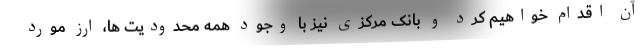
آن اقدام خواهیم کرد و بانک مرکزی نیز با وجود همه محدودیت ها، ارز مورد